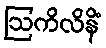
ဩကိလိနိံ